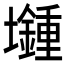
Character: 𡓯